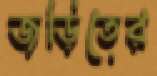
জড়িতের